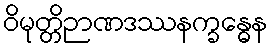
ဝိမုတ္တိဉာဏဒဿနက္ခန္ဓေန